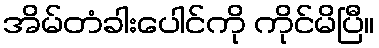
အိမ်တံခါးပေါင်ကို ကိုင်မိပြီ။